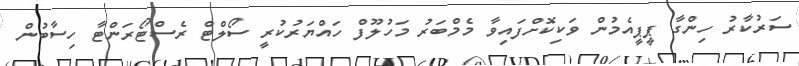
ސަރުކާރު ހިންގާ ޕީޕީއެމުން ވަކިކޮށްފައިވާ މެމްބަރު މަހުލޫފް ހައްޔަރުކުރީ ސޯލްޓް ރެސްޓޯރަންޓާ ހިސާބުން